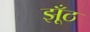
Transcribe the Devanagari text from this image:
झूँठ